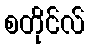
စတိုင်လ်